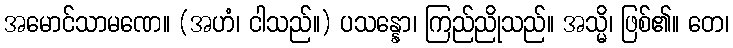
အမောင်သာမဏေ။ (အဟံ၊ ငါသည်။) ပသန္နော၊ ကြည်ညိုသည်။ အသ္မိ၊ ဖြစ်၏။ တေ၊